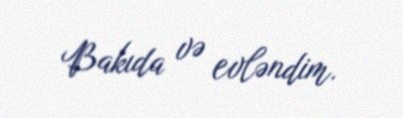
Bakıda və evləndim.